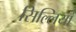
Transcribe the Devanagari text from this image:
सिल्लियां